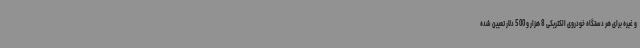
و غیره برای هر دستگاه خودروی الکتریکی 8 هزار و 500 دلار تعیین شده